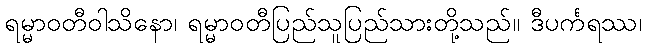
ရမ္မာဝတီဝါသိနော၊ ရမ္မာဝတီပြည်သူပြည်သားတို့သည်။ ဒီပင်္ကရဿ၊